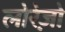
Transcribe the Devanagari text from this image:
लोरेज़ो